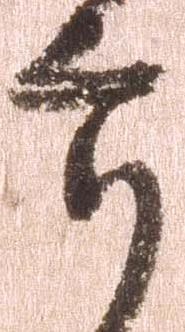
郎